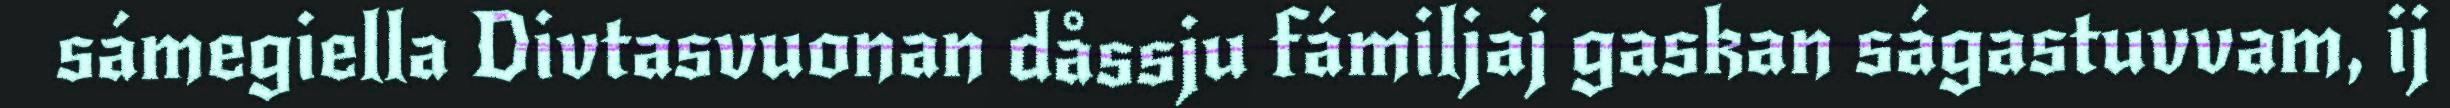
sámegiella Divtasvuonan dåssju fámiljaj gaskan ságastuvvam, ij